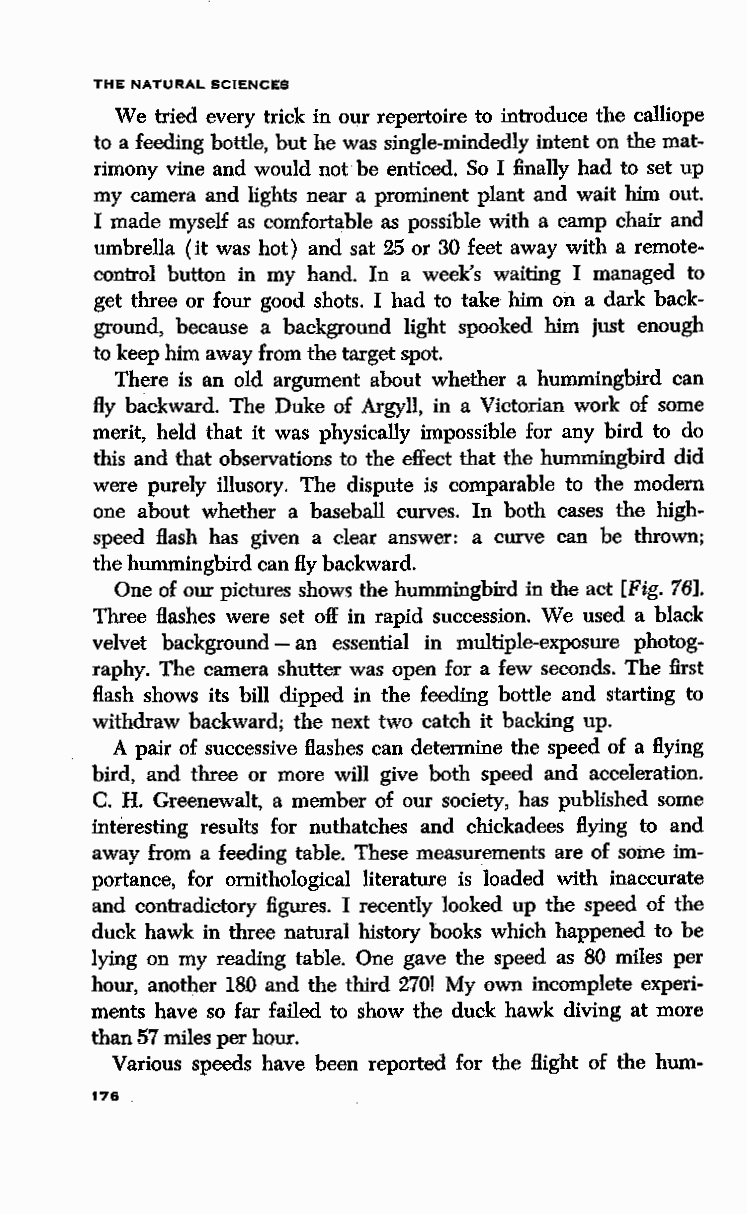
THE NATURAL SCIENCES
 We tried every trick in our repertoire to introduce the calliope
 to a feeding bottle, but he was single-mindedly intent on the mat
 rimony vine and would not be enticed. So I finally had to set up
 my camera and lights near a prominent plant and wait him out.
 I made myself as comfortable as possible with a camp chair and
 umbrella (it was hot) and sat 25 or 30 feet away with a remote
 control button in my hand. In a week's waiting I managed to
 get three or four good shots. I had to take him on a dark back
 ground, because a background light spooked him just enough
 to keep him away from the target spot.
 There is an old argument about whether a hummingbird can
 fly backward. The Duke of Argyll, in a Victorian work of some
 merit, held that it was physically impossible for any bird to do
 this and that observations to the effect that the hummingbird did
 were purely illusory. The dispute is comparable to the modern
 one about whether a baseball curves. In both cases the high
 speed Hash has given a clear answer: a curve can be thrown;
 the hummingbird can fly backward.
 One of our pictures shows the hummingbird in the act [Fig. 76].
 Three Hashes were set off in rapid succession. We used a black
 velvet background-an essential in multiple-exposure photog
 raphy. The camera shutter was open for a few seconds. The first
 Hash shows its bill dipped in the feeding bottle and starting to
 withdraw backward; the next two catch it backing up.
 A pair of successive Hashes can determine the speed of a Hying
 bird, and three or more will give both speed and acceleration.
 C. H. Greenewalt, a member of our society, has published some
 interesting results for nuthatches and chickadees Hying to and
 away from a feeding table. These measurements are of some im
 portance, for ornithological literature is loaded with inaccurate
 and contradictory figures. I recently looked up the speed of the
 duck hawk in three natural history books which happened to be
 lying on my reading table. One gave the speed as 80 miles per
 hour, another 180 and the third 270! My own incomplete experi
 ments have so far failed to show the duck hawk diving at more
 than 57 miles per hour.
 Various speeds have been reported for the Hight of the hum-
 17&